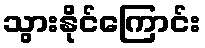
သွားနိုင်ကြောင်း